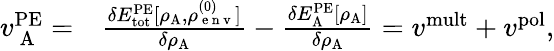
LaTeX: \begin{array}{rl}{v_{\mathrm{~A~}}^{\mathrm{PE}}=}&{{}\frac{\delta E_{\mathrm{tot}}^{\mathrm{PE}}[\rho_{\mathrm{A}},\rho_{\mathrm{~e~n~v~}}^{(0)}]}{\delta\rho_{\mathrm{A}}}-\frac{\delta E_{\mathrm{A}}^{\mathrm{PE}}[\rho_{\mathrm{A}}]}{\delta\rho_{\mathrm{A}}}={v}^{\mathrm{mult}}+{v}^{\mathrm{pol}},}\end{array}